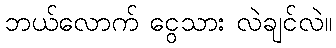
ဘယ်လောက် ငွေသား လဲချင်လဲ။